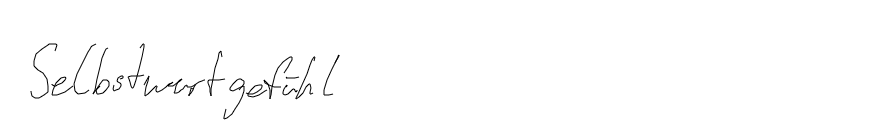
Selbstwertgefühl